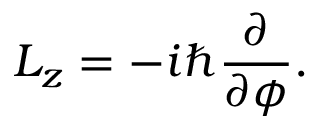
L _ { z } = - i \hbar \frac { \partial } { \partial \phi } .